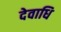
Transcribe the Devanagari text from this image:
देवाधि